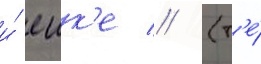
и́ еик'е // (т'е́